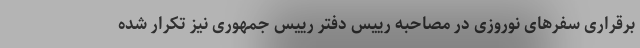
برقراری سفرهای نوروزی در مصاحبه رییس دفتر رییس جمهوری نیز تکرار شده